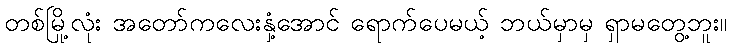
တစ်မြို့လုံး အတော်ကလေးနှံ့အောင် ရောက်ပေမယ့် ဘယ်မှာမှ ရှာမတွေ့ဘူး။